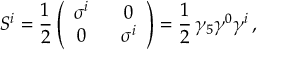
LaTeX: S ^ { i } = { \frac { 1 } { 2 } } \left( \begin{array} { c c } { { \sigma ^ { i } ~ } } & { { ~ 0 } } \\ { { 0 ~ } } & { { ~ \sigma ^ { i } } } \end{array} \right) = { \frac { 1 } { 2 } } \, \gamma _ { 5 } \gamma ^ { 0 } \gamma ^ { i } \, ,